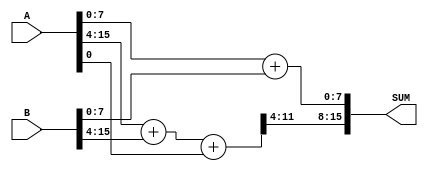
/**************************************************************************
 *  16bit adder                                                            *
 *  Written by: S. H. Kang                                                *
 **************************************************************************/
`ifndef i_ap_adder
`define i_ap_adder

module i_ap_adder (A, B, SUM);

// input          clk;
// input          rst;
input   [15:0]  A, B;
output  [15:0]  SUM;
// reg 	[16:0]  SUM;

wire [8:0]  SL = A[7:0] + B[7:0];
wire [12:0] SH = A[15:4] + B[15:4] + A[0]; // JC 160410: noise



assign  SUM = {SH[11:4],SL[7:0]};


endmodule

`endif